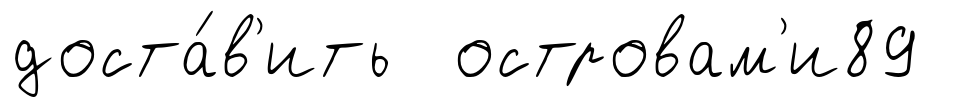
доста́в'ить островам'и89